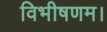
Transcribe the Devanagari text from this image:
विभीषणम।